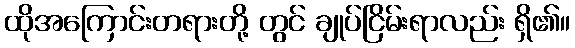
ထိုအကြောင်းတရားတို့ တွင် ချုပ်ငြိမ်းရာလည်း ရှိ၏။